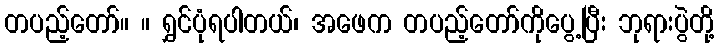
တပည့်တော်။ ။ ရွှင်ပုံရပါတယ်၊ အဖေက တပည့်တော်ကိုပွေ့ပြီး ဘုရားပွဲတို့